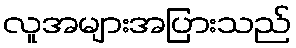
လူအများအပြားသည်